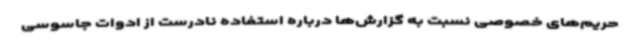
حریم‌های خصوصی نسبت به گزارش‌ها درباره استفاده نادرست از ادوات جاسوسی